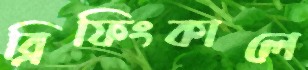
ব্রিফিংকালে